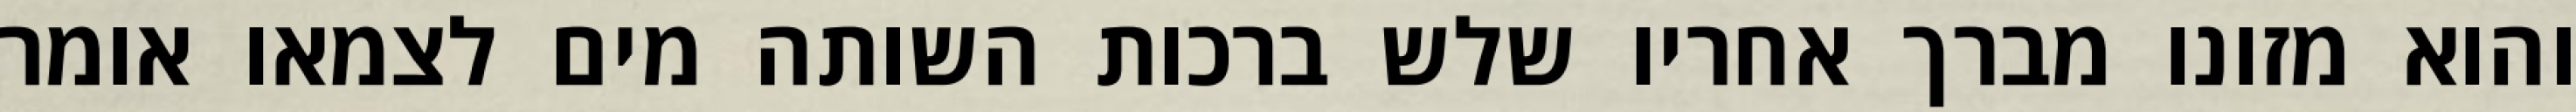
והוא מזונו מברך אחריו שלש ברכות השותה מים לצמאו אומר